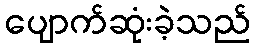
ပျောက်ဆုံးခဲ့သည်